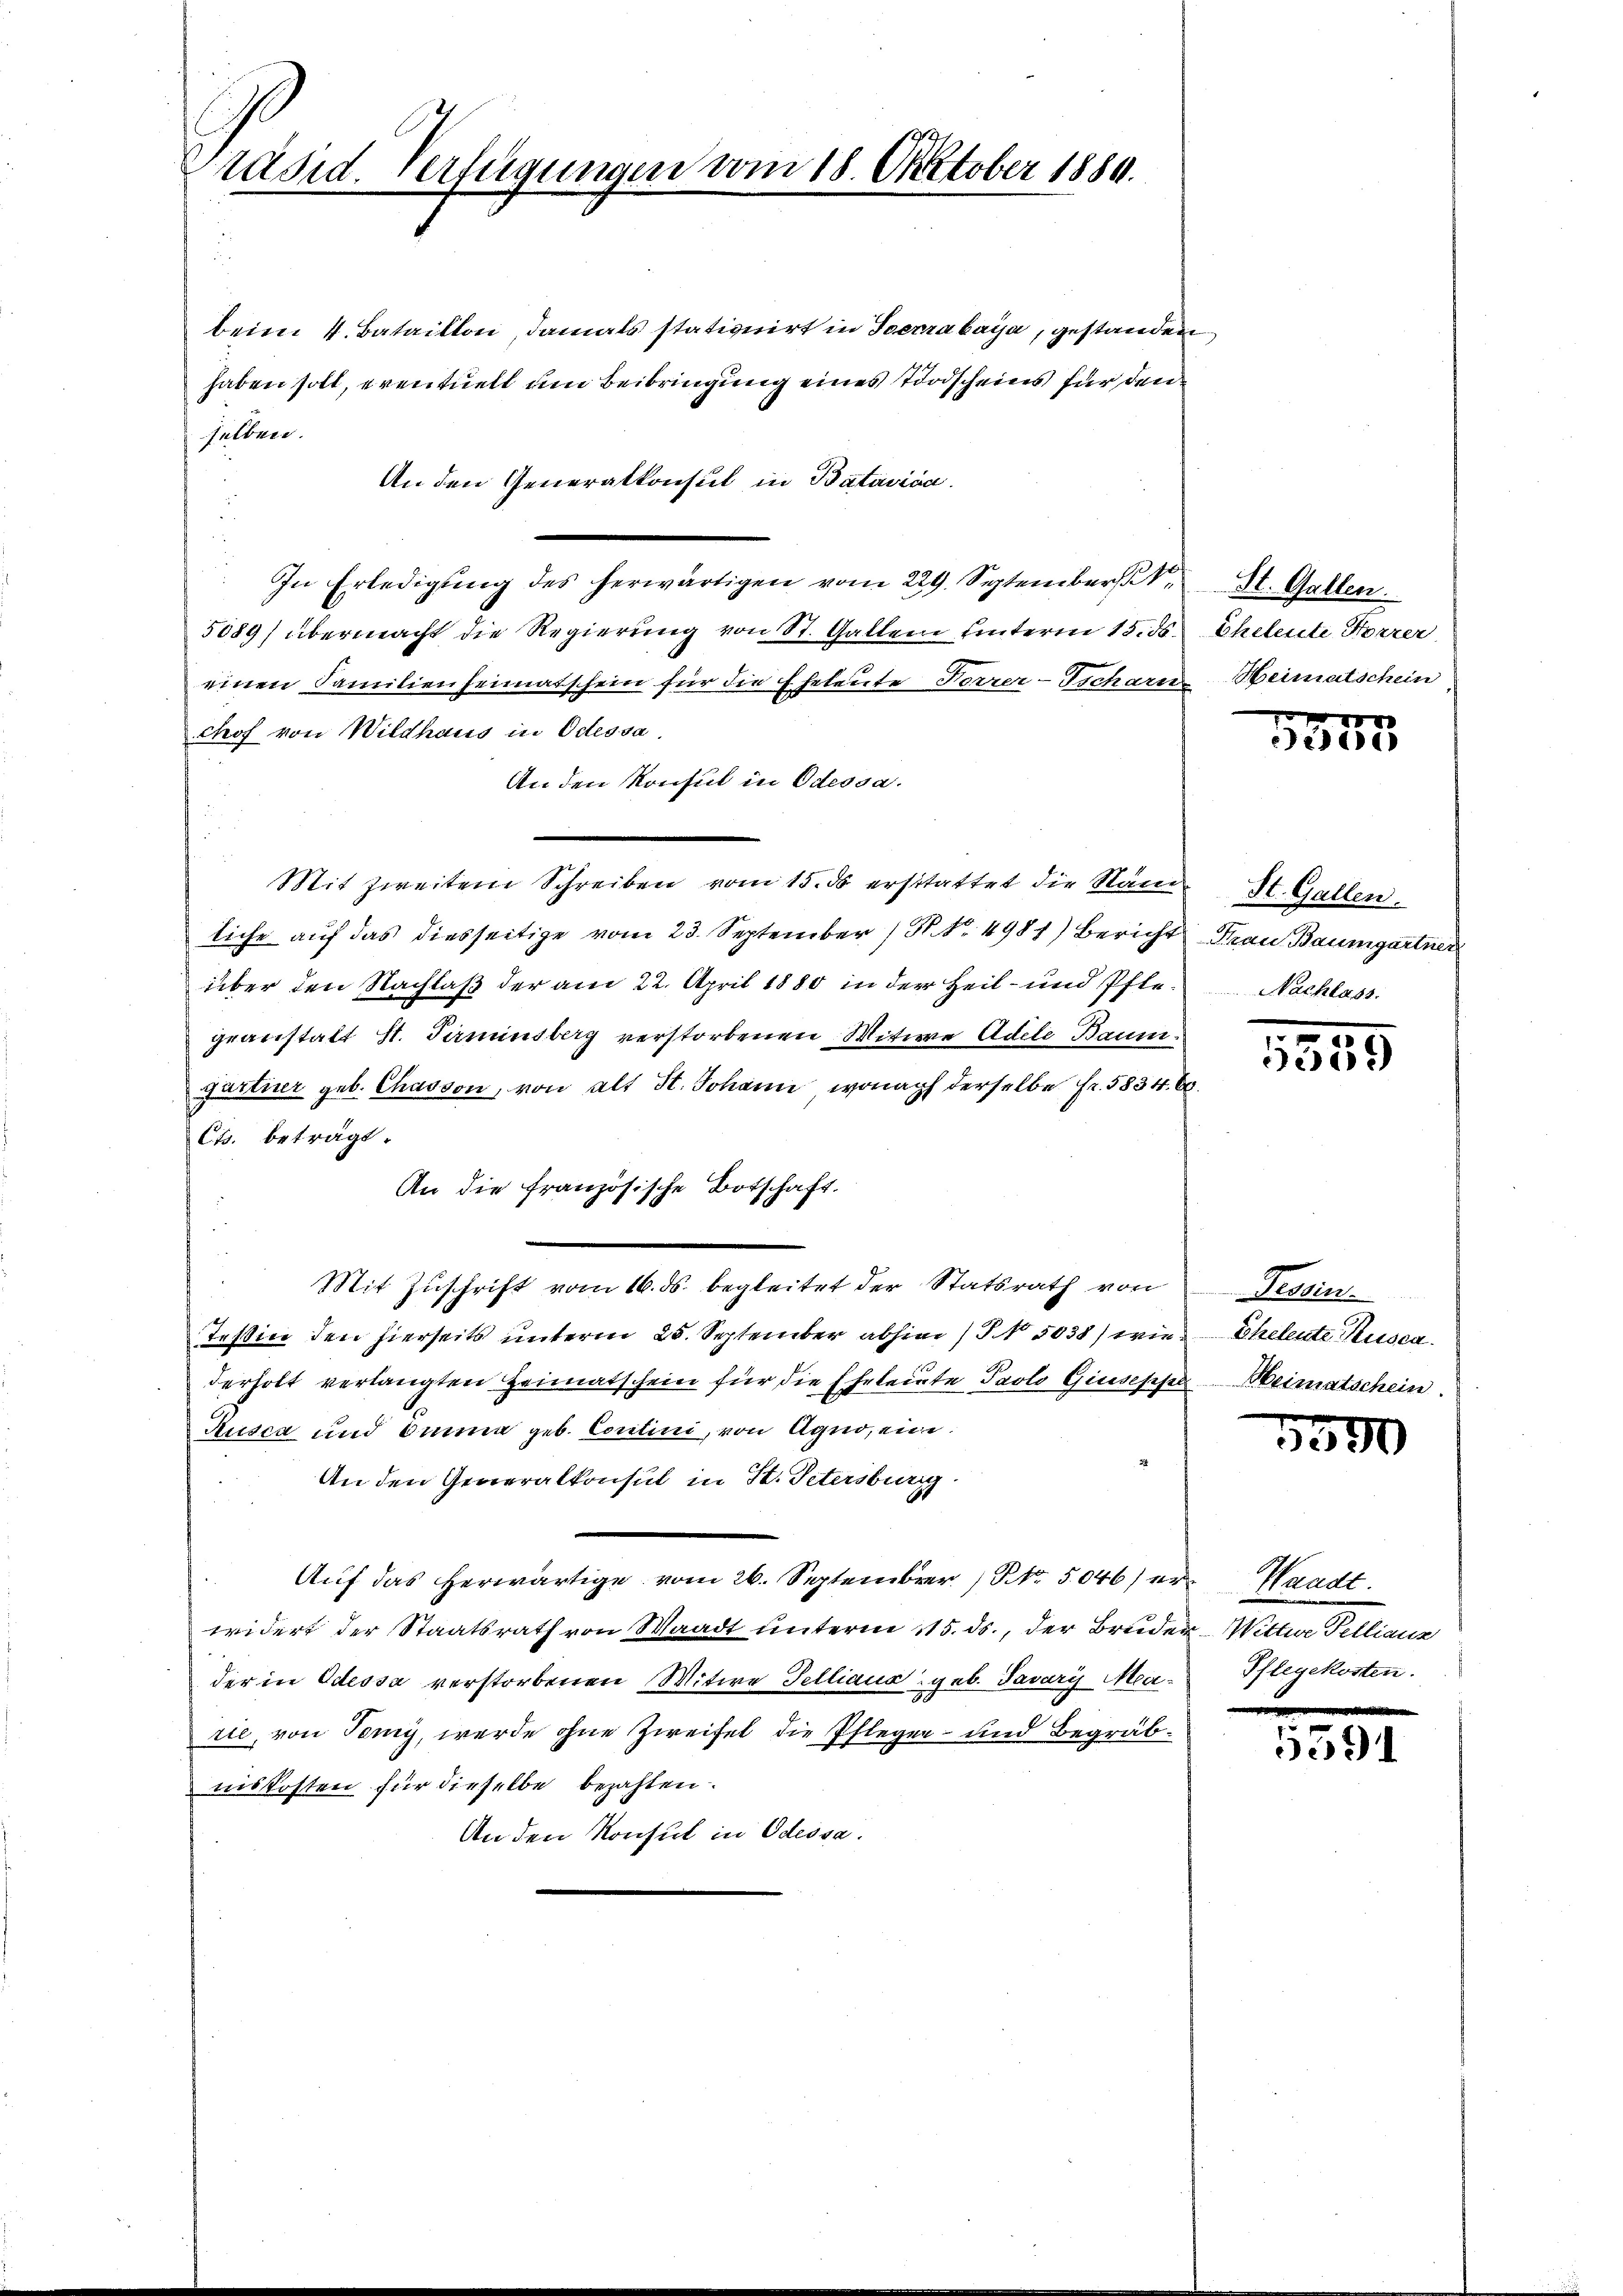
Präsid. Verfügungen vom 18. Oktober 1889.

beim 4. Bataillon, damals stationirt in Terrabaya, gestanden
haben soll, eventuell um Beibringung eines Todscheins für den
selben.
An den Generalkonsul in Bataviva
In Erledigung des herwärtigen vom 229. September
5089) übermacht die Regierung von St. Galtene unterm 15. ds.
einen Familienheimatschein für die Eheleute Vorrer-Tscharn Heimatschein
chof von Wildhaus in Odessa
An den Konsul in Odessa.
Mit zweiten Schreiben vom 15. ds erstattet die Näne
liche auf das diesseitige vom 23. September (NNo. 4981) Bericht
über den Nachlaß der am 22. April 1880 in der Heil- und Pflegeanstalt St. Pirminsberg verstorbenen Witwe Adele Baum
gartner geb. Chasson, von alt St. Johann, wonach derselbe fr. 5834. 6.
Cts. beträgt.
An die französische Botschaft.
Mit Zuschrift vom 16. ds. begleitet der Statsrath von
Teßin den hierseits unterm 25. September abhin 15038) wiederholt verlangten Heimatschein für die Eheleite Paolo Giusepchel
Rusca und Omma geb. Contini, von Agno, eine
An den Generalkonsul in St. Petersburg.
Auf das herwärtige vom 26. September 1 NNo. 5046) er Waadt.
widert der Staatsrath von Waadt unterm 115. ds., der Bruder Wittwe Pellianz
der in Odessa verstorbenen Witwe Felliana geb. Tavary Marie, von Temy, werde ohne Zweifel die Pflegen- und Begräbniskosten für dieselbe bezahlen.
An den Konsul in Odessa.

St. Gallen.
Eheleute Forrer

x
ede

St. Gallen.
Frau Baumgartner
Nachlass

1349

Tesein.
Eheleute Rusca.
Heimatschein.

5500

Pflegekosten.

e
5391